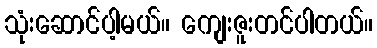
သုံးဆောင်ပါ့မယ်။ ကျေးဇူးတင်ပါတယ်။